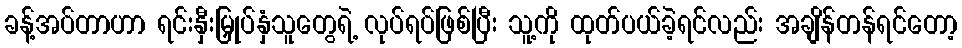
ခန့်အပ်တာဟာ ရင်းနှီးမြှုပ်နှံသူတွေရဲ့ လုပ်ရပ်ဖြစ်ပြီး သူ့ကို ထုတ်ပယ်ခဲ့ရင်လည်း အချိန်တန်ရင်တော့